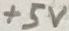
Text: +5V